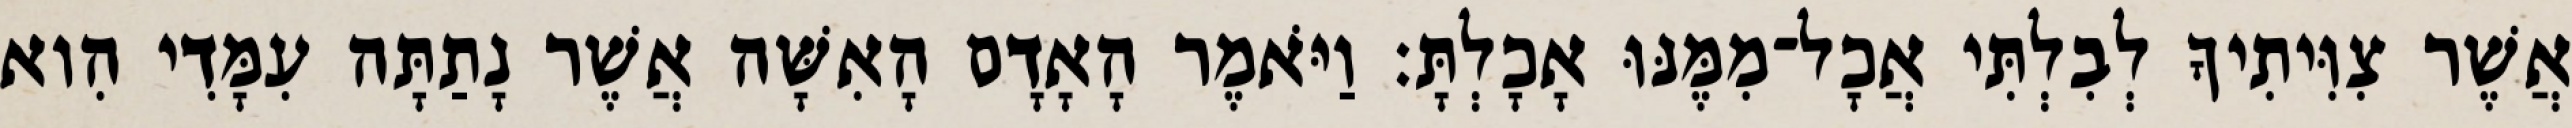
אֲשֶׁר צִוִּיתִיךָ לְבִלְתִּי אֲכָל־מִמֶּנּוּ אָכָלְתָּ׃ וַיֹּאמֶר הָאָדָם הָאִשָּׁה אֲשֶׁר נָתַתָּה עִמָּדִי הִוא